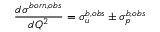
{ \frac { d \sigma ^ { b o r n , o b s } } { d Q ^ { 2 } } } = \sigma _ { u } ^ { b , o b s } \pm \sigma _ { p } ^ { b , o b s }